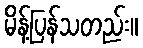
မိန့်ပြန်သတည်း။